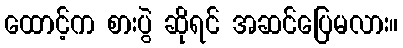
ထောင့်က စားပွဲ ဆိုရင် အဆင်ပြေမလား။